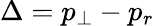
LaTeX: \Delta=p_{\perp}-p_{r}